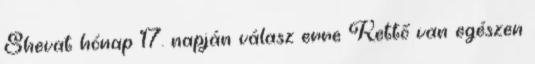
Shevat hónap 17. napján válasz erre Kettő van egészen